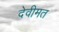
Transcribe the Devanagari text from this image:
देवीमत